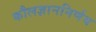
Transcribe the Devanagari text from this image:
कौलज्ञाननिर्णय